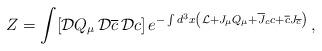
LaTeX: \begin{align*}Z = \int [{\cal D} Q_\mu \, {\cal D}\overline{c} \, {\cal D}c] \, e ^ { -\int d^3x \left( {\cal L} + J_\mu Q_\mu + \overline{J}_c c + \overline{c} J_{\overline c} \right) } \, ,\end{align*}